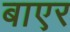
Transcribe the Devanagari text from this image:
बाएर